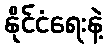
နိုင်ငံရေးနဲ့